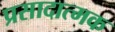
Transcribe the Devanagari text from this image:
प्रसादात्मक